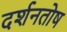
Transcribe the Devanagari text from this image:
दर्शनतोष